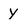
Character: y